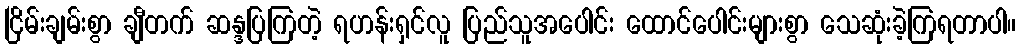
ငြိမ်းချမ်းစွာ ချီတက် ဆန္ဒပြကြတဲ့ ရဟန်းရှင်လူ ပြည်သူအပေါင်း ထောင်ပေါင်းများစွာ သေဆုံးခဲ့ကြရတာပါ။